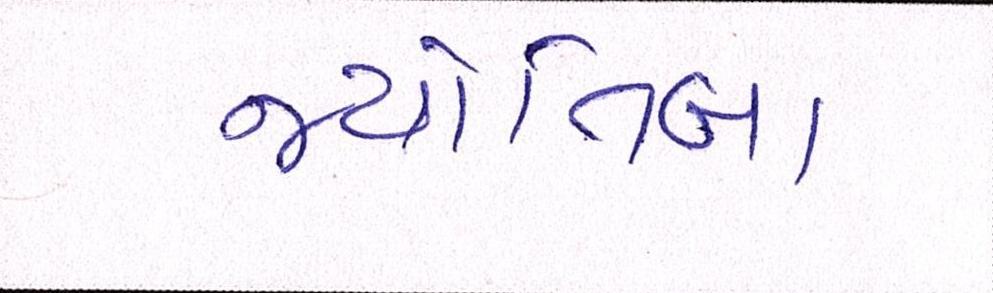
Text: જ્યોતિબા